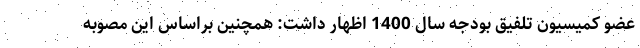
عضو کمیسیون تلفیق بودجه سال 1400 اظهار داشت: همچنین براساس این مصوبه